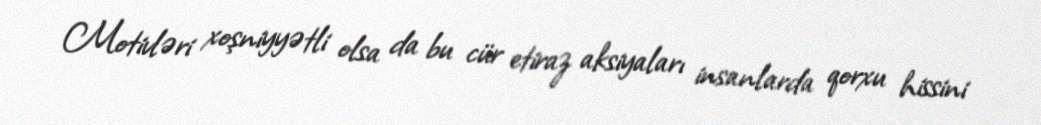
Motivləri xoşniyyətli olsa da bu cür etiraz aksiyaları insanlarda qorxu hissini